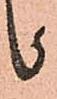
か